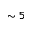
\sim 5